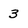
Character: 3